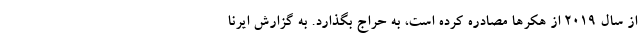
از سال ۲۰۱۹ از هکرها مصادره کرده است، به حراج بگذارد. به گزارش ایرنا